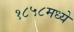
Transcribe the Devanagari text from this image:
१८५८मध्ये